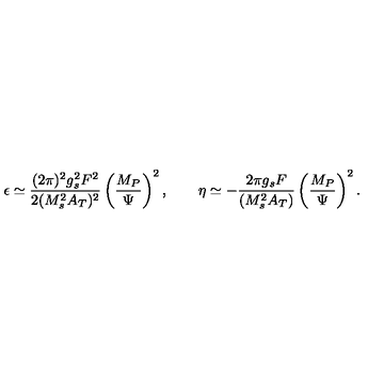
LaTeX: \epsilon \simeq \frac { ( 2 \pi ) ^ { 2 } g _ { s } ^ { 2 } F ^ { 2 } } { 2 ( M _ { s } ^ { 2 } A _ { T } ) ^ { 2 } } \left( \frac { M _ { P } } { \Psi } \right) ^ { 2 } , \qquad \eta \simeq - \frac { 2 \pi g _ { s } F } { ( M _ { s } ^ { 2 } A _ { T } ) } \left( \frac { M _ { P } } { \Psi } \right) ^ { 2 } .